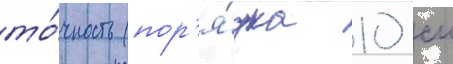
то́чность (пор'я́дка 10 см